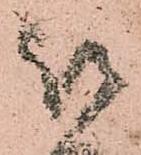
被